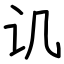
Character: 讥